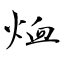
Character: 烅